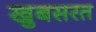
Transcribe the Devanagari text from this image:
खुबसरत